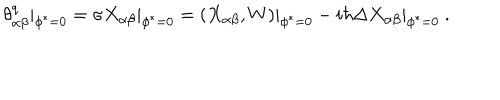
LaTeX: \theta _ { \alpha \beta } ^ { q } | _ { \phi ^ { * } = 0 } = \sigma X _ { \alpha \beta } | _ { \phi ^ { * } = 0 } = ( X _ { \alpha \beta } , W ) | _ { \phi ^ { * } = 0 } - i \hbar \Delta X _ { \alpha \beta } | _ { \phi ^ { * } = 0 } \ .